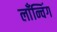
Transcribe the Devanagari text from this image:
लाँन्चिंग